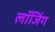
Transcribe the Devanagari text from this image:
लॉजिंग